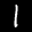
Label: 1